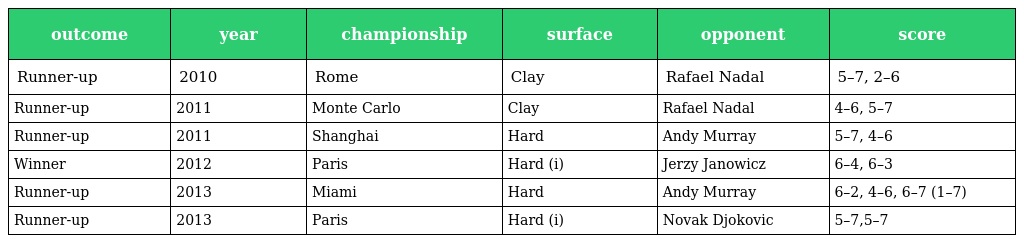
| outcome | year | championship | surface | opponent | score |
 | --- | --- | --- | --- | --- | --- |
 | Runner-up | 2010 | Rome | Clay | Rafael Nadal | 5–7, 2–6 |
 | Runner-up | 2011 | Monte Carlo | Clay | Rafael Nadal | 4–6, 5–7 |
 | Runner-up | 2011 | Shanghai | Hard | Andy Murray | 5–7, 4–6 |
 | Winner | 2012 | Paris | Hard (i) | Jerzy Janowicz | 6–4, 6–3 |
 | Runner-up | 2013 | Miami | Hard | Andy Murray | 6–2, 4–6, 6–7 (1–7) |
 | Runner-up | 2013 | Paris | Hard (i) | Novak Djokovic | 5–7,5–7 |